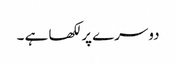
دوسرے پر لکھا ہے ۔